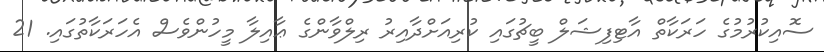
ސޮއިކުރުމުގެ ހަރަކާތް އާޓިފިޝަލް ބީޗުގައި ކުރިއަށްދާއިރު ރިލްވާންގެ ޢާއިލާ މީހުންވެސް އެހަރަކާތުގައި. 21